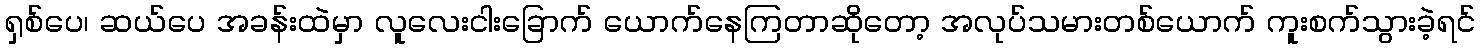
ရှစ်ပေ၊ ဆယ်ပေ အခန်းထဲမှာ လူလေးငါးခြောက် ယောက်နေကြတာဆိုတော့ အလုပ်သမားတစ်ယောက် ကူးစက်သွားခဲ့ရင်